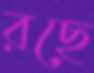
রছে